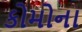
કોમોના